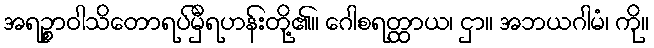
အရဉ္စာဝါသိတောရပ်မှီရဟန်းတို့၏။ ဂေါစရတ္ထာယ၊ ငှာ။ အဘယဂါမံ၊ ကို။